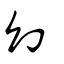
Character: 幻